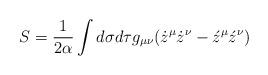
LaTeX: \begin{align*}S=\frac 1{2\alpha }\int d\sigma d\tau g_{\mu \nu }(\dot z^\mu\dot z^\nu -\acute z^\mu \acute z^\nu )\end{align*}